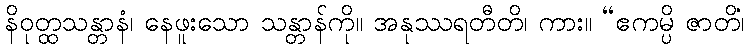
နိဝုတ္ထသန္တာနံ၊ နေဖူးသော သန္တာန်ကို။ အနုဿရတီတိ၊ ကား။ “ဧကမ္ပိ ဇာတိံ၊